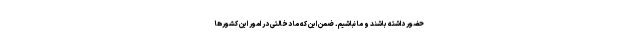
حضور داشته باشند و ما نباشیم. ضمن این که ما دخالتی در امور این کشورها